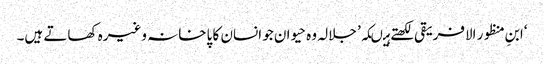
‘ابنِ منظور الافریقی لکھتے ہیںکہ’ جلالہ وہ حیوان جو انسان کا پاخانہ وغیرہ کھاتے ہیں۔